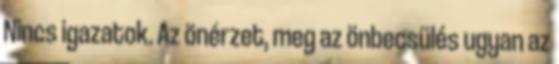
Nincs igazatok. Az önérzet, meg az önbecsülés ugyan az